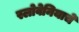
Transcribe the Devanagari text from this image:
स्लोवेनियाचे